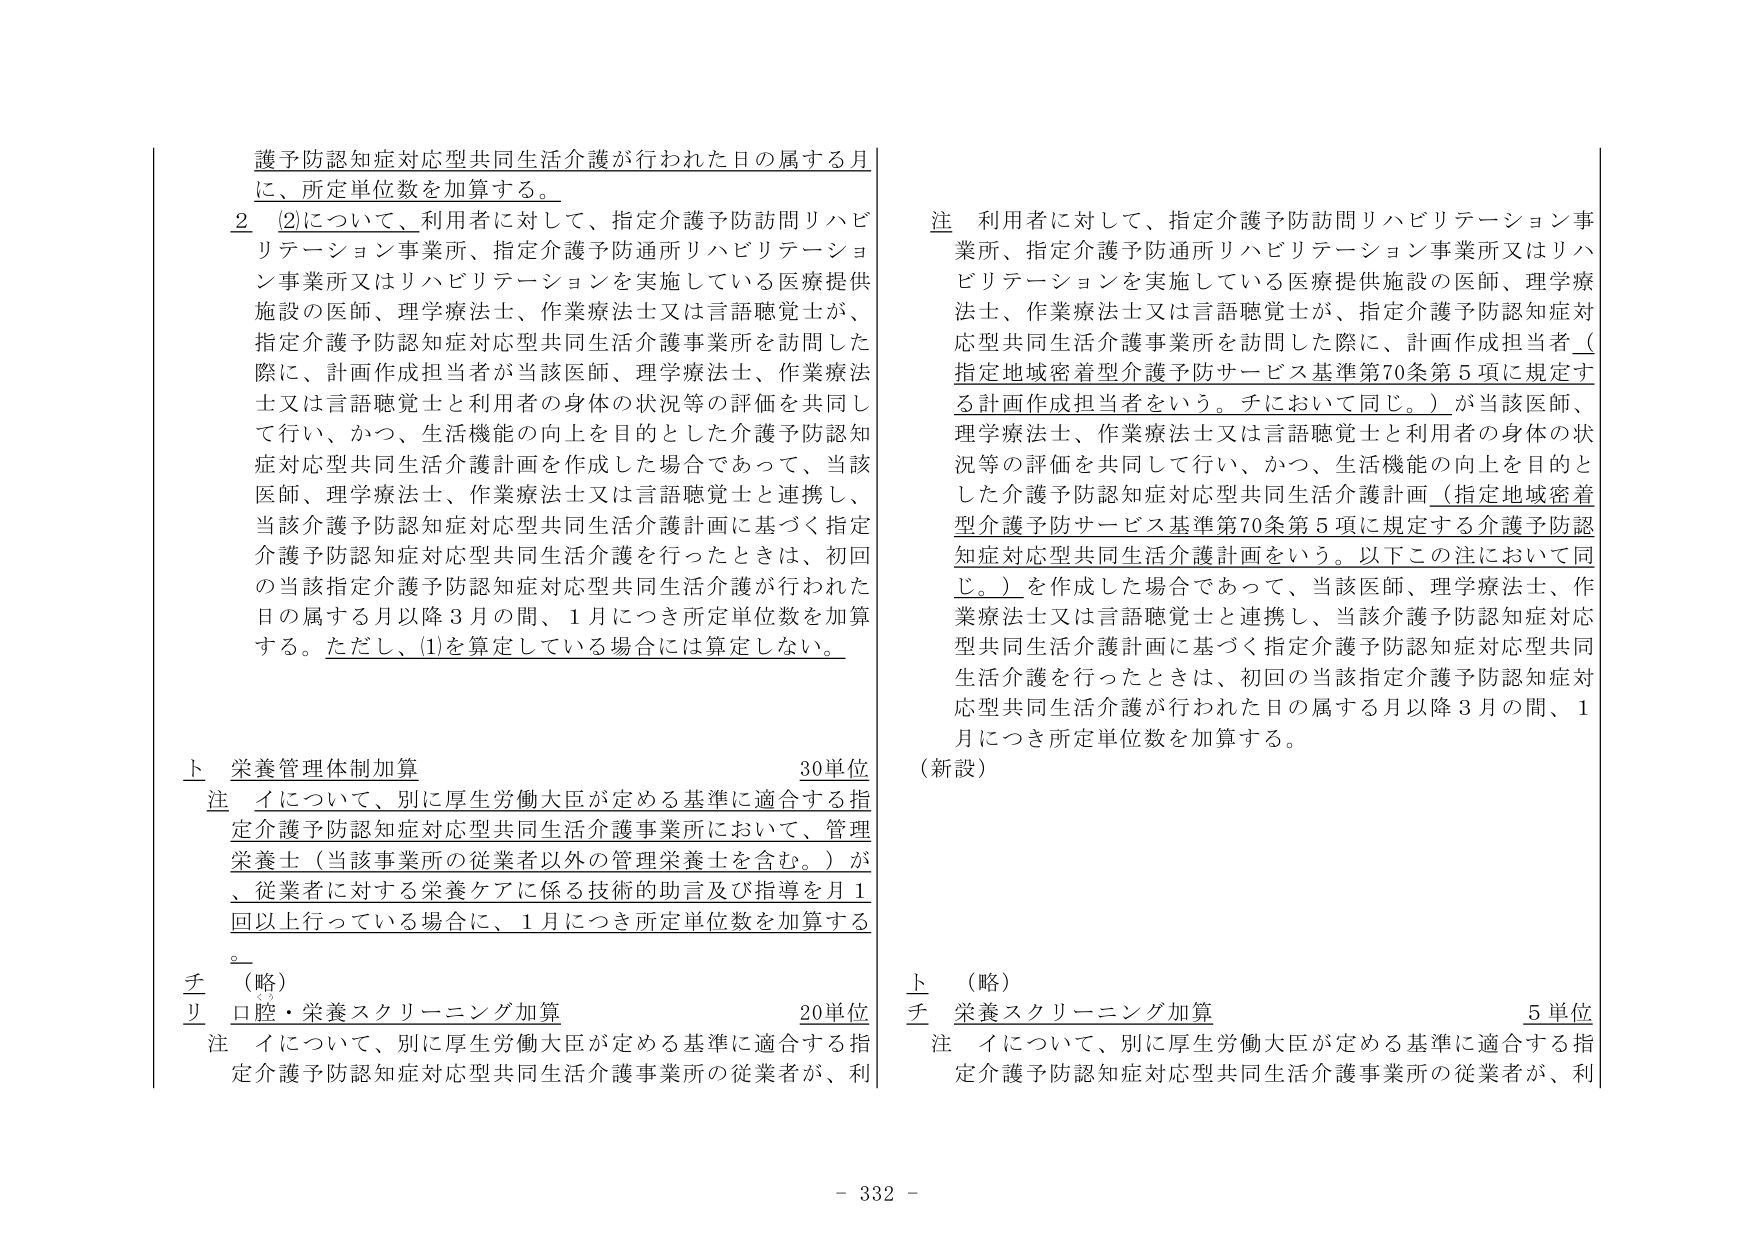
護予防認知症対応型共同生活介護が行われた日の属する月
に、所定単位数を加算する。

2 (2)について、利用者に対して、指定介護予防訪問リハビリテーション事業所、指定介護予防通所リハビリテーション事業所又はリハビリテーションを実施している医療提供施設の医師、理学療法士、作業療法士又は言語聴覚士が、指定介護予防認知症対応型共同生活介護事業所を訪問した際に、計画作成担当者が当該医師、理学療法士、作業療法士又は言語聴覚士と利用者の身体の状況等の評価を共同して行い、かつ、生活機能の向上を目的とした介護予防認知症対応型共同生活介護計画を作成した場合であって、当該医師、理学療法士、作業療法士又は言語聴覚士と連携し、当該介護予防認知症対応型共同生活介護計画に基づく指定介護予防認知症対応型共同生活介護を行ったときは、初回の当該指定介護予防認知症対応型共同生活介護が行われた日の属する月以降3月の間、1月につき所定単位数を加算する。ただし、(1)を算定している場合には算定しない。

上 栄養管理体制加算 30単位
注 イについて、別に厚生労働大臣が定める基準に適合する指定介護予防認知症対応型共同生活介護事業所において、管理栄養士（当該事業所の従業者以外の管理栄養士を含む。）が、従業者に対する栄養ケアに係る技術的助言及び指導を月1回以上行っている場合に、1月につき所定単位数を加算する。

チ （略）
リ 口腔・栄養スクリーニング加算 20単位
注 イについて、別に厚生労働大臣が定める基準に適合する指定介護予防認知症対応型共同生活介護事業所の従業者が、利

注 利用者に対して、指定介護予防訪問リハビリテーション事業所、指定介護予防通所リハビリテーション事業所又はリハビリテーションを実施している医療提供施設の医師、理学療法士、作業療法士又は言語聴覚士が、指定介護予防認知症対応型共同生活介護事業所を訪問した際に、計画作成担当者（指定地域密着型介護予防サービス基準第70条第5項に規定する計画作成担当者をいう。チにおいて同じ。）が当該医師、理学療法士、作業療法士又は言語聴覚士と利用者の身体の状況等の評価を共同して行い、かつ、生活機能の向上を目的とした介護予防認知症対応型共同生活介護計画（指定地域密着型介護予防サービス基準第70条第5項に規定する介護予防認知症対応型共同生活介護計画をいう。以下この注において同じ。）を作成した場合であって、当該医師、理学療法士、作業療法士又は言語聴覚士と連携し、当該介護予防認知症対応型共同生活介護計画に基づく指定介護予防認知症対応型共同生活介護を行ったときは、初回の当該指定介護予防認知症対応型共同生活介護が行われた日の属する月以降3月の間、1月につき所定単位数を加算する。

（新設）

上 （略）
チ 栄養スクリーニング加算 5単位
注 イについて、別に厚生労働大臣が定める基準に適合する指定介護予防認知症対応型共同生活介護事業所の従業者が、利

- 332 -